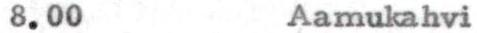
8.00 Aamukahvi